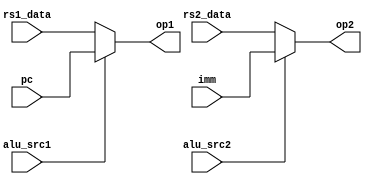
module OpSelector(
    input alu_src1, alu_src2,
    input [31:0] rs1_data, rs2_data,
    input [31:0] pc, imm,
    output reg [31:0] op1, op2
);
    always@(*) begin
        op1 = (alu_src1==1'b0) ? rs1_data : pc ;
        op2 = (alu_src2==1'b0) ? rs2_data : imm ;
    end
endmodule